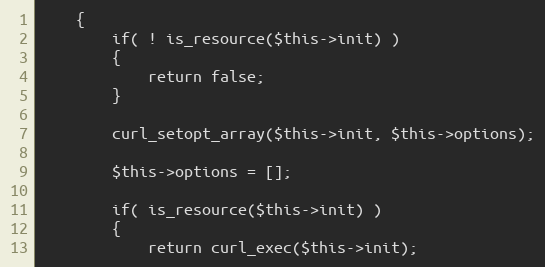
Language: PHP
    {
        if( ! is_resource($this->init) )
        {
            return false;
        }

        curl_setopt_array($this->init, $this->options);

        $this->options = [];

        if( is_resource($this->init) )
        {
            return curl_exec($this->init);